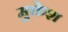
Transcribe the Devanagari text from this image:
मुक्तेश